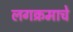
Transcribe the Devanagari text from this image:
लगक्रमाचे